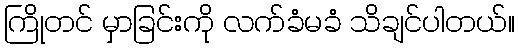
ကြိုတင် မှာခြင်းကို လက်ခံမခံ သိချင်ပါတယ်။